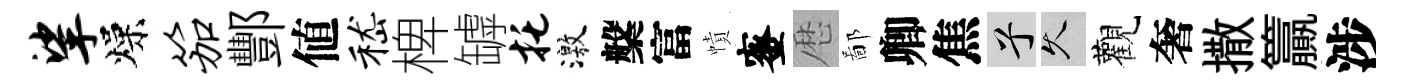
挲燥笳酆値嵇椑罅托激槃富幘蜜厯鄙卿焦兮久觀奢撒籯涉